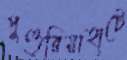
পুণ্ডুরিয়াহাটে